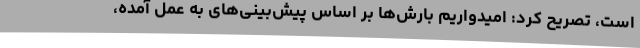
است، تصریح کرد: امیدواریم بارش‌ها بر اساس پیش‌بینی‌های به عمل آمده،